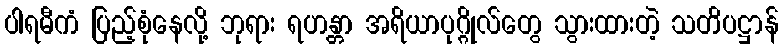
ပါရမီကံ ပြည့်စုံနေလို့ ဘုရား ရဟန္တာ အရိယာပုဂ္ဂိုလ်တွေ သွားထားတဲ့ သတိပဋ္ဌာန်